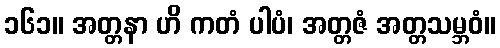
၁၆၁။ အတ္တနာ ဟိ ကတံ ပါပံ၊ အတ္တဇံ အတ္တသမ္ဘဝံ။